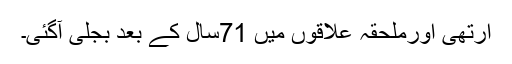
ارتھی اورملحقہ علاقوں میں 71سال کے بعد بجلی آگئی۔